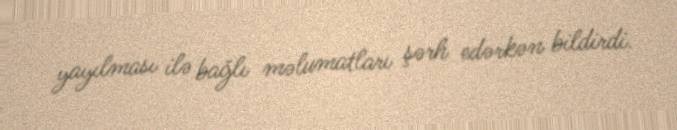
yayılması ilə bağlı məlumatları şərh edərkən bildirdi.